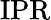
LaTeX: \mathrm{{IPR}}